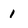
Character: 1